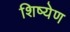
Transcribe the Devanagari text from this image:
शिष्येण